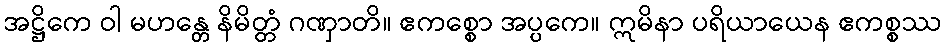
အဋ္ဌိကေ ဝါ မဟန္တေ နိမိတ္တံ ဂဏှာတိ။ ဧကစ္စော အပ္ပကေ။ ဣမိနာ ပရိယာယေန ဧကစ္စဿ